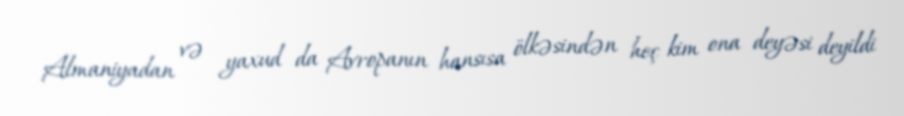
Almaniyadan və yaxud da Avropanın hansısa ölkəsindən heç kim ona deyəsi deyildi